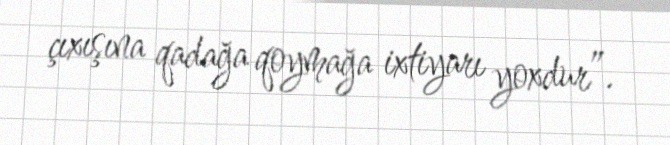
çıxışına qadağa qoymağa ixtiyarı yoxdur”.